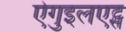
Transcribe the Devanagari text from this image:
ऐगुइलएट्स